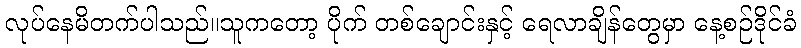
လုပ်နေမိတက်ပါသည်။သူကတော့ ပိုက် တစ်ချောင်းနှင့် ရေလာချိန်တွေမှာ နေ့စဉ်ဒိုင်ခံ